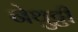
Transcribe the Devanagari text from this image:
नेथुट्टी